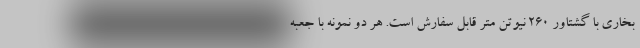
بخاری با گشتاور 260 نیوتن متر قابل سفارش است. هر دو نمونه با جعبه